Report on horse surra - Volume II, Part II
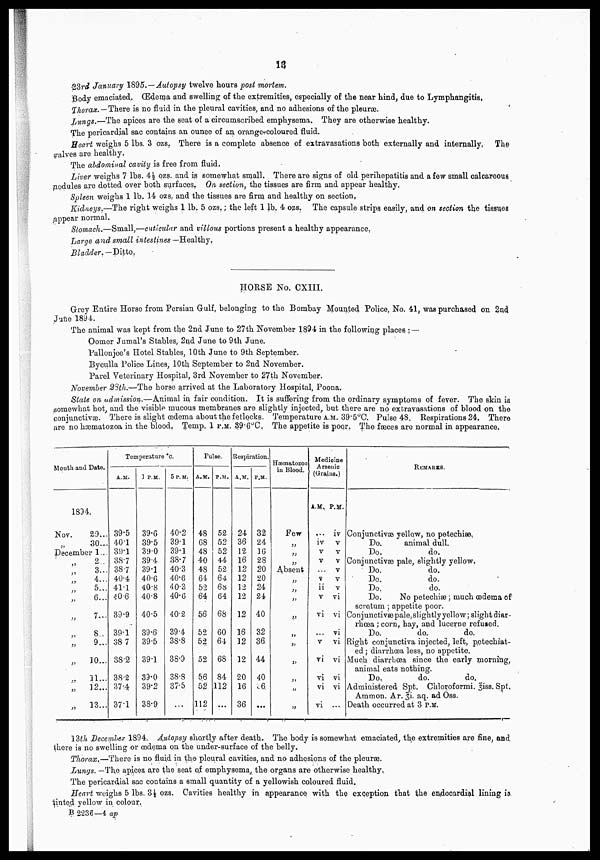
13
23rdJanuary 1895.—Autopsy twelve hours post mortem.
Body emaciated. (Edema and swelling of the extremities, especially of the near hind, due to Lymphangitis,
Thorax.—There is no fluid in the pleural cavities, and no adhesions of the pleurae.
Lungs.—The apices are the seat of a circumscribed emphysema. They are otherwise healthy.
The pericardial sac contains an ounce of an orange-coloured fluid.
Heart weighs 5 lbs. 3 ozs. There is a complete absence of extravasations both externally and internally. The
valves are healthy.
The abdominal cavity is free from fluid.
Liver weighs 7 lbs. 4½ ozs. and is somewhat small. There are signs of old perihepatitis and a few small calcareous
nodules are dotted over both surfaces. On section, the tissues are firm and appear healthy.
Spleen weighs 1 lb. 14 ozs. and the tissues are firm and healthy on section.
Kidneys.—The right weighs 1 lb. 5 ozs.; the left 1 lb. 4 ozs. The capsule strips easily, and on section the tissues
appear normal.
Stomach.—Small,—articular and villous portions present a healthy appearance.
Large and small intestines —Healthy.
Bladder.— Ditto.
HORSE No. CXIII.
Grey Entire Horse from Persian Gulf, belonging to the Bombay Mounted Police, No. 41, was purchased on 2nd
June 1894.
The animal was kept from the 2nd June to 27th November 1894 in the following places : —
Oomer Jumal's Stables, 2nd June to 9th June.
Pallonjee's Hotel Stables, 10th June to 9th September.
Byculla Police Lines, 10th September to 2nd November.
Parel Veterinary Hospital, 3rd November to 27th November.
November 23th.—The horse arrived at the Laboratory Hospital, Poona.
Slate on admission.—Animal in fair condition. It is suffering from the ordinary symptoms of fever. The skin is
somewhat hot, and the visible mucous membranes are slightly injected, but there are no extravasations of blood on the
conjunctivas. There is slight oedema about the fetlocks. Temperature A.M. 39. 5°C. Pulse 48. Respirations 24. There
are no hæmatozoa in the blood, Temp. 1 P.M. 39.6°C. The appetite is poor. The faeces are normal in appearance.
Mouth and Date.
1894.
Nov.
29...
30...
December 1...
''
''
''
''
"
"
"
"
"
"
2..
3...
4...
5...
6...
7...
8..
9...
10...
11...
12...
13...
Temperature °c.
A.M.
39.5
40.1
39.1
38.7
38.7
40.4
41.1
40.6
39.9
39.1
38 .7
38.2
38.2
37.4
37.1
1 P.M.
39.6
39.5
39.0
39.4
39.1
40.6
40.8
40.8
40.5
39.6
39.5
39.1
39.0
39.2
38.9
5 P.M.
40.2
39.1
39.1
38.7
40.3
40.6
40.3
40.6
40.2
39.4
38.8
38.9
38.8
37.5
...
Pulse.
A.M.
48
68
48
40
48
64
52
64
56
52
52
52
56
52
112
P.M.
52
52
52
44
52
64
68
64
68
60
64
68
84
112
...
Respiration.
A.M.
24
36
12
16
12
12
12
12
12
16
12
12
20
16
36
P.M.
32
24
16
28
20
20
24
24
40
32
36
44
40
36
...
Hæmatozoa
in Blood.
Few
"
"
"
Absent
"
"
"
"
„
"
"
''
''
"
Medicine
Arsenic
(Grains.)
A.M.
...
iv
v
v
...
v
ii
v
vI
...
v
vI
vi
vi
vi
P.M.
iv
v
v
v
v
v
v
vi
vi
vi
vi
vi
vi
vi
...
REMARKS.
Conjunctivae yellow, no petechiæ.
Do.
animal dull.
Do.
do.
Conjunctivas pale, slightly yellow.
Do.
do.
Do.
do.
Do.
do.
Do.
No petechiæ; much oedema of
scrotum ; appetite poor.
Con junctivæ pale, slightly yellow; slight diar-
rhoea ; corn, hay, and lucerne refused.
Do.
do,.
do.
Right conjunctiva injected, left, petechiat-
ed ; diarrhœa less, no appetite.
Much diarrhoea since the early morning,
animal eats nothing.
Do.
do.
do.
Administered Spt. Chloroformi. 3iss. Spt.
Ammon. Ar. 3i. aq. ad Oss.
Death occurred at 3 P.M.
12th Decemher 1894. Autopsy shortly after death. The body is somewhat emaciated, the extremities are fine, and
there is no swelling or oedema on the under-surface of the belly.
Thorax.—There is no fluid in the pleural cavities, and no adhesions of the pleurae.
Lungs. —The apices are the seat of emphysema, the organs are otherwise healthy.
The pericardial sac contains a small quantity of a yellowish coloured fluid.
Heart weighs 5 lbs. 3 ½ ozs. Cavities healthy in appearance with the exception that the endocardial lining is
tinted yellow in colour.
B 2236—4 ap